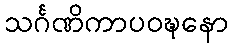
သင်္ဂဏိကာပဝဍ္ဎနော